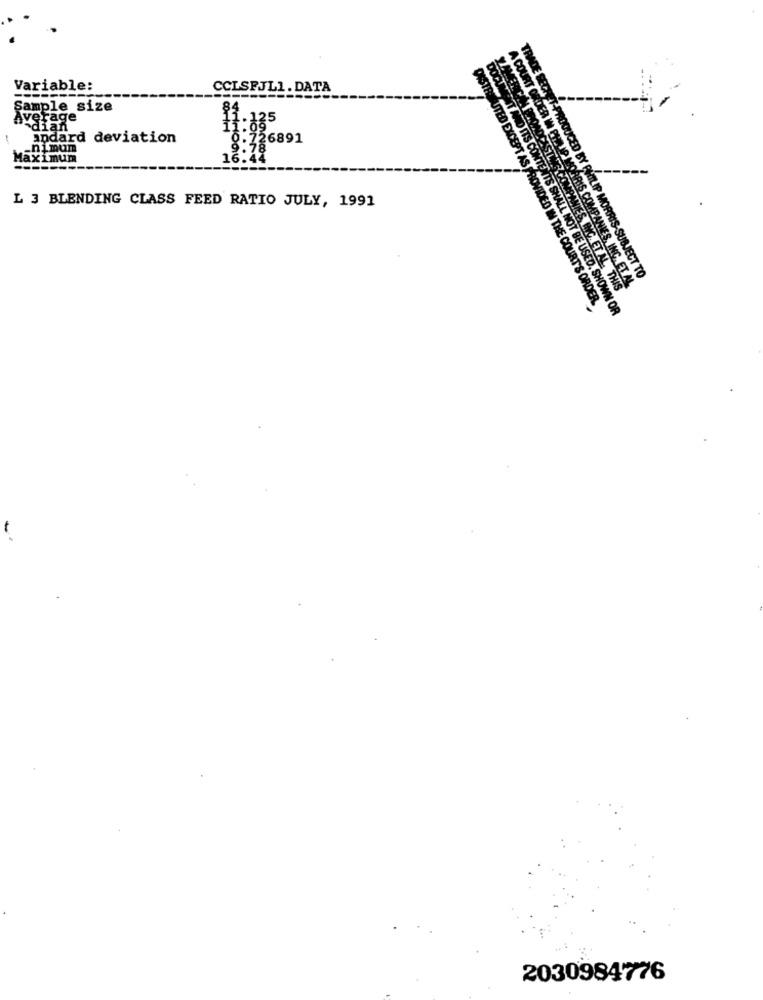
A COU
Variable:
CCLSFJL1. DATA
ESECA
Sample size
Average
idian
11:835
andard deviation
1726891
9.7
Maximum
16.42
L 3 BLENDING CLASS FEED RATIO JULY, 1991
CASTLE COMPANIES
ER W PHILIP MORRIS COMPANIES, INC. ET. AL.
ROOUCED BY PHILIP MORRIS-SUBJECT TO
HYC. ET AL. THIS
EXCEPT AS PROVIDED IN THE COURT'S ORDER.
DITS CONTENTS SHALL NOT BE USED, SHOWN OR
2030984776